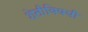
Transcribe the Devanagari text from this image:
शेतीविषयी